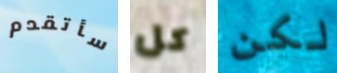
سأتقدم كل لكن